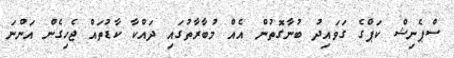
ސްޕެނިޝް ކަޕްގެ ގަވައިދު ބުނާގޮތުން އެއް މުބާރާތުގައި ދައްކާ ކާޑުތައް ޖެހިގެން އަންނަ